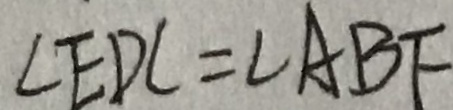
\angle E D C = \angle A B F